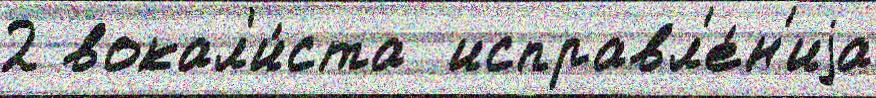
2 вокал'и́ста  исправл'е́н'иjа